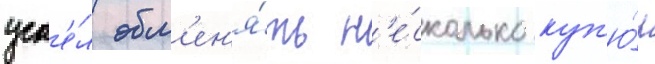
усп'е́л обм'ен'я́ть н'е́сколько куп'ю́р